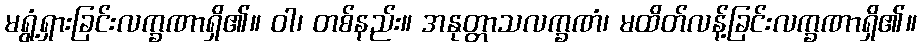
မရွံ့ရှားခြင်းလက္ခဏာရှိ၏။ ဝါ၊ တစ်နည်း။ အနုတ္တာသလက္ခဏံ၊ မထိတ်လန့်ခြင်းလက္ခဏာရှိ၏။